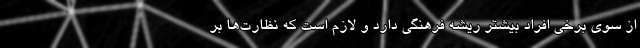
از سوی برخی افراد بیشتر ریشه فرهنگی دارد و لازم است که نظارت‌ها بر